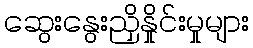
ဆွေးနွေးညှိနှိုင်းမှုများ